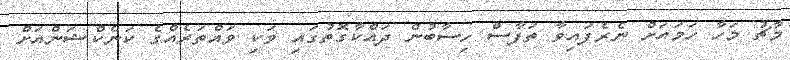
މާޗު މަހާ ހަމައަށް ނެރެފައިވާ ތަފާސް ހިސާބުން ދައްކާގޮތުގައި ވަކި ވައްތަރެއްގެ ކަނެކްޝަންއަށް